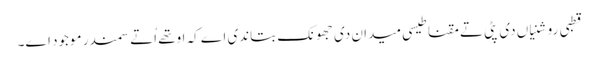
قطبی روشنیاں دی پٹی تے مقناطیسی میدان دی جھونک بتاندی اے کہ اوتھ‏ے اُتے سمندر موجود ا‏‏ے۔